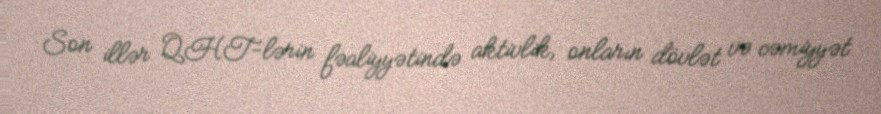
Son illər QHT-lərin fəaliyyətində aktivlik, onların dövlət və cəmiyyət